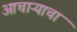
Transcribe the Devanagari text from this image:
आचाऱ्याचा